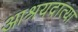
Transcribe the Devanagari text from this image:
आश्रयदात्या